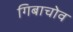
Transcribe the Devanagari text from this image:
गिबाचोव